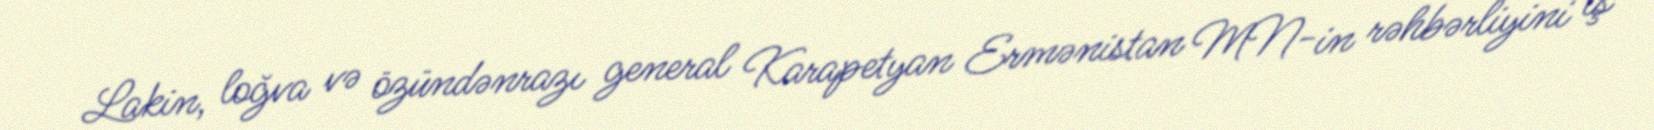
Lakin, loğva və özündənrazı general Karapetyan Ermənistan MN-in rəhbərliyini iş